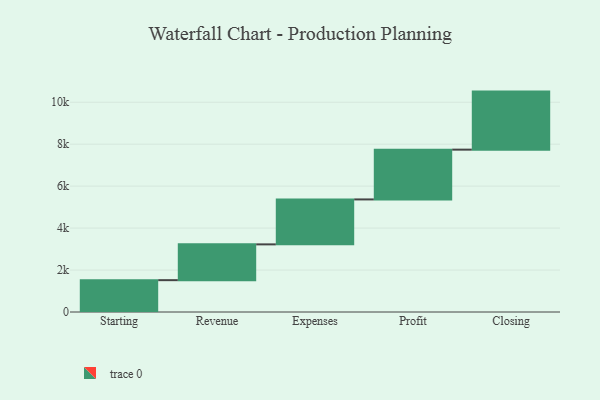
{"axis": {"x": "Step", "y": "Value"}, "legend": [""], "data": [{"x": "Starting", "y": 1518.0, "type": ""}, {"x": "Revenue", "y": 1706.0, "type": ""}, {"x": "Expenses", "y": 2143.0, "type": ""}, {"x": "Profit", "y": 2373.0, "type": ""}, {"x": "Closing", "y": 2767.0, "type": ""}]}